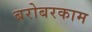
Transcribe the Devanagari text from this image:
बरोबरकाम